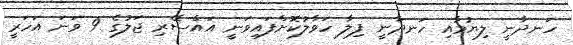
ހަނދާނީ ލިޔުމާއި ހަނދާނީ ފިލާ ހަވާލުކޮށްފައިވަނީ އައްސޭރި ޖަލުގެ 9 ވަނަ އަހަރީ